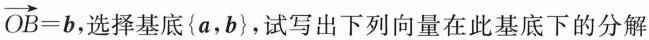
$$\overrightarrow{OB}=b$$， 选择基底{a，b}，试写出下列向量在此基底下的分解